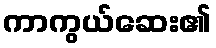
ကာကွယ်ဆေး၏